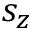
s _ { z }